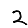
Digit: 2